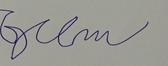
Signature authenticity: forged